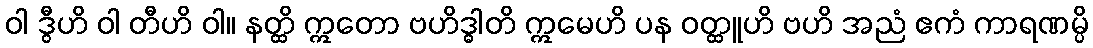
ဝါ ဒွီဟိ ဝါ တီဟိ ဝါ။ နတ္ထိ ဣတော ဗဟိဒ္ဓါတိ ဣမေဟိ ပန ဝတ္ထူဟိ ဗဟိ အညံ ဧကံ ကာရဏမ္ပိ